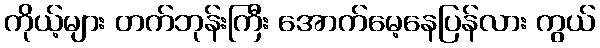
ကိုယ့်များ တက်ဘုန်းကြီး အောက်မေ့နေပြန်လား ကွယ်